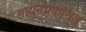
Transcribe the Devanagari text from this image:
गायनप्रकारात